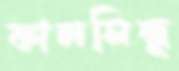
কালসিন্ধু